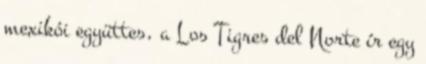
mexikói együttes, a Los Tigres del Norte ír egy